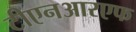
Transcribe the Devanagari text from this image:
टीएनआरएफ